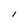
Character: l